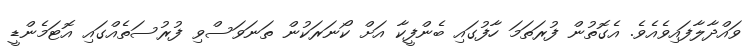
ވައްދާލާފައިވެއެވެ. އެގޮތުން ފުރަތަމަ ހާފުގައި ބެންފީކާ އަށް ކޯނަރަކުން ތަނަވަސްވި ފުރުސަތެއްގައި އޮޓަމެންޑީ